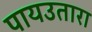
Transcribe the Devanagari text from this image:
पायउतारा